Sketch of the medical history of the native army of Bombay, for the year
Year: 1872
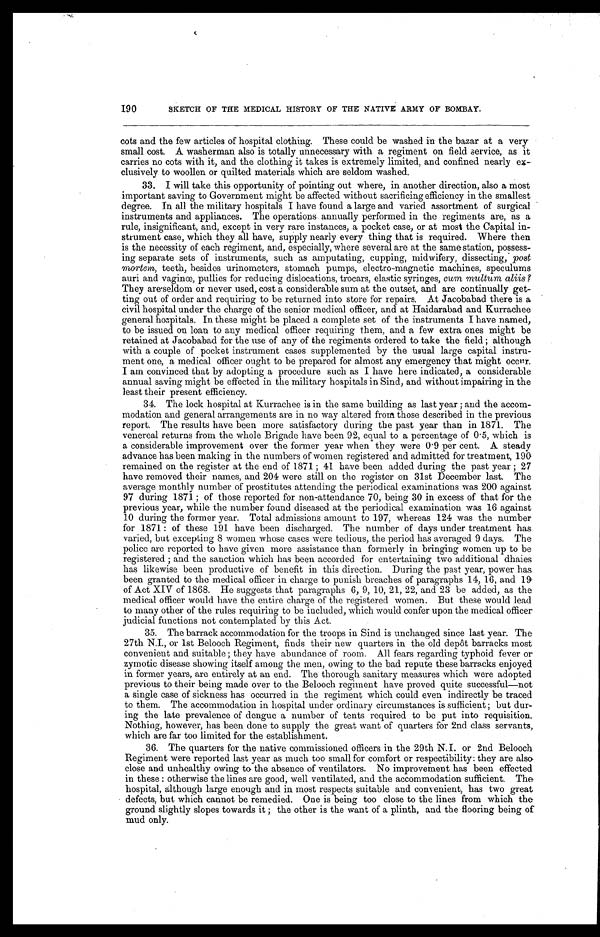
190
SKETCH OF THE MEDICAL HISTORY OF THE NATIVE ARMY OF BOMBAY.
cots and the few articles of hospital clothing. These could be washed in the bazar at a very
small cost. A washerman also is totally unnecessary with a regiment on field service, as it
carries no cots with it, and the clothing it takes is extremely limited, and confined nearly ex
clusively to woollen or quilted materials which are seldom washed.
33. I will take this opportunity of pointing out where, in another direction, also a most
important saving to Government might be affected without sacrificing efficiency in the smallest
degree. In all the military hospitals I have found a large and varied assortment of surgical
instruments and appliances. The operations annually performed in the regiments are, as a
rule, insignificant, and, except in very rare instances, a pocket case, or at most the Capital in-
strument case, which they all have, supply nearly every thing that is required. Where then
is the necessity of each regiment, and, especially, where several are at the same station, possess-
ing separate sets of instruments, such as amputating, cupping, midwifery, dissecting, post
mortem, teeth, besides urinometers, stomach pumps, electro-magnetic machines, speculums
auri and vagince, pullies for reducing dislocations, trocars, elastic syringes, cum multum aliis?
They are seldom or never used, cost a considerable sum at the outset, and are continually get-
ting out of order and requiring to be returned into store for repairs. At Jacobabad there is a
civil hospital under the charge of the senior medical officer, and at Haidarabad and Kurrachee
general hospitals. In these might be placed a complete set of the instruments I have named,
to be issued on loan to any medical officer requiring them, and a few extra ones might be
retained at Jacobabad for the use of any of the regiments ordered to take the field ; although
with a couple of pocket instrument cases supplemented by the usual large capital instru-
ment one, a medical officer ought to be prepared for almost any emergency that might occur.
I am convinced that by adopting a procedure such as I have here indicated, a considerable
annual saving might be effected in the military hospitals in Sind, and without impairing in the
least their present efficiency.
34. The lock hospital at Kurrachee is in the same building as last year ; and the accom-
modation and general arrangements are in no way altered from those described in the previous
report. The results have been more satisfactory during the past year than in 1871. The
venereal returns from the whole Brigade have been 92, equal to a percentage of 0 . 5, which is
a considerable improvement over the former year when they were 0 . 9 per cent. A steady
advance has been making in the numbers of women registered and admitted for treatment, 190
remained on the register at the end of 1871 ; 41 have been added during the past year ; 27
have removed their names, and 204 were still on the register on 31st December last. The
average monthly number of prostitutes attending the periodical examinations was 200 against
97 during 1871 ; of those reported for non-attendance 70, being 30 in excess of that for the
previous year, while the number found diseased at the periodical examination was 16 against
10 during the former year. Total admissions amount to 197, whereas 124 was the number
for 1871 : of these 191 have been discharged. The number of days under treatment has
varied, but excepting 8 women whose cases were tedious, the period has averaged 9 days. The
police are reported to have given more assistance than formerly in bringing women up to be
registered ; and the sanction which has been accorded for entertaining two additional dhaies
has likewise been productive of benefit in this direction. During the past year, power has
been granted to the medical officer in charge to punish breaches of paragraphs 14, 16, and
of Act XIV of 1868. He suggests that paragraphs 6, 9, 10, 21, 22, and 23 be added, as the
medical officer would have the entire charge of the registered women. But these would lead
to many other of the rules requiring to be included, which would confer upon the medical officer
judicial functions not contemplated by this Act.
35. The barrack accommodation for the troops in Sind is unchanged since last year. The
27th N.J., or 1st Belooch Regiment, finds their new quarters in the old depot barracks most
convenient and suitable ; they have abundance of room. All fears regarding typhoid fever or
zymotic disease showing itself among the men, owing to the bad repute these barracks enjoyed
in former years, are entirely at an end. The thorough sanitary measures which were adopted
previous to their being made over to the Belooch regiment have proved quite successful—not
a single case of sickness has occurred in the regiment which could even indirectly be traced
to them. The accommodation in hospital under ordinary circumstances is sufficient ; but dur-
ing the late prevalence of dengue a number of tents required to be put into requisition.
Nothing, however, has been done to supply the great want of quarters for 2nd class servants,
which are far too limited for the establishment.
36. The quarters for the native commissioned officers in the 29th N.I. or 2nd Belooch
Regiment were reported last year as much too small for comfort or respectibility: they are also
close and unhealthy owing to the absence of ventilators. No improvement has been effected
in these : otherwise the lines are good, well ventilated, and the accommodation sufficient. The
hospital, although large enough and in most respects suitable and convenient, has two great
defects, but which cannot be remedied. One is being too close to the lines from which the
ground slightly slopes towards it ; the other is the want of a plinth, and the flooring being of
mud only.